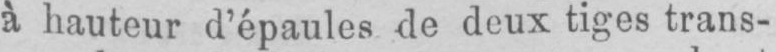
à hauteur d’épaules de deux tiges trans-